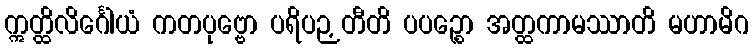
ဣတ္ထိလိင်္ဂေါယံ ကတပုဗ္ဗော ပရိပဉှတီတိ ပပဉ္စော အတ္ထကာမဿာတိ မဟာမိဂ